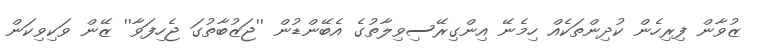
ޒުވާން ފިރިހެން ކުދިންތަކެއް ހިމެނޭ އިންގިރޭސިވިލާތުގެ އެބޭންޑުން ''ޖަޒުބާތުގަ ޖެހިފަވާ'' ޒޭން ވަކިވިކަން